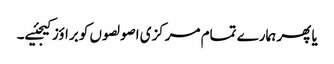
یا پھر ہمارے تمام مرکزی اصولصوں کو براؤز کیجئیے۔